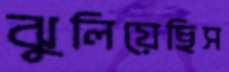
ঝুলিয়েছিস